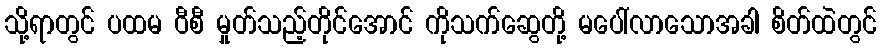
သို့ရာတွင် ပထမ ဝီစီ မှုတ်သည့်တိုင်အောင် ကိုသက်ဆွေတို့ မပေါ်လာသောအခါ စိတ်ထဲတွင်